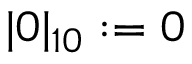
| 0 | _ { 1 0 } : = 0